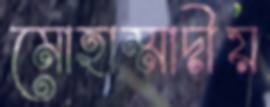
মোহাম্মাদীয়